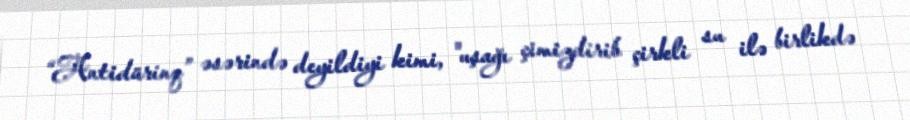
“Antidürinq” əsərində deyildiyi kimi, "uşağı çimizdirib çirkli su ilə birlikdə